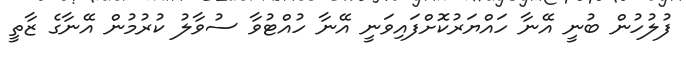
ފުލުހުން ބުނީ އޭނާ ހައްޔަރުކޮށްފައިވަނީ އޭނާ ހުއްޓުވާ ސުވާލު ކުރުމުން އޭނާގެ ޒާތީ